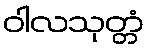
ဝါလသုတ္တံ